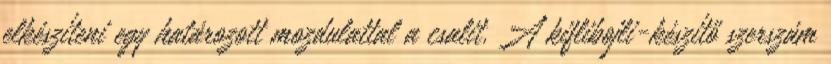
elkészíteni egy határozott mozdulattal a csalit. A kiflibojli-készítő szerszám